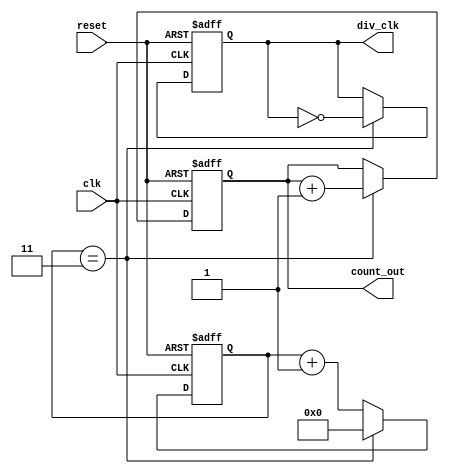
module frequency_divider_counter #(
    parameter N = 4  // Default division factor (can be overridden)
)(
    input wire clk,          // Input clock signal
    input wire reset,        // Asynchronous reset signal
    output reg div_clk,      // Output divided clock signal
    output reg [31:0] count_out // Output count of cycles
);

    reg [31:0] count;        // Counter register

    // Asynchronous reset and frequency division logic
    always @(posedge clk or posedge reset) begin
        if (reset) begin
            count <= 0;       // Reset counter
            div_clk <= 0;     // Reset output clock
            count_out <= 0;   // Reset output count
        end else begin
            if (N > 1) begin   // Ensure N is greater than 1
                if (count == (N - 1)) begin
                    count <= 0; // Reset counter
                    div_clk <= ~div_clk; // Toggle the output clock
                    count_out <= count_out + 1; // Increment output count
                end else begin
                    count <= count + 1; // Increment counter
                end
            end else begin
                // If N <= 1, mirror the input clock
                div_clk <= clk;
                count <= 0;
                count_out <= 0;
            end
        end
    end

endmodule